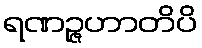
ရဏဉ္ဇဟာတိပိ